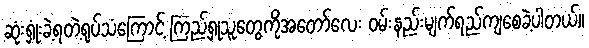
ဆုံးရှုံးခဲ့ရတဲ့ရုပ်သံကြောင့် ကြည့်ရှုသူတွေကိုအတော်လေး ဝမ်းနည်းမျက်ရည်ကျစေခဲ့ပါတယ်။